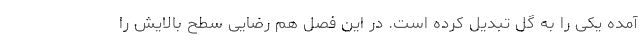
آمده یکی را به گل تبدیل کرده است. در این فصل هم رضایی سطح بالایش را